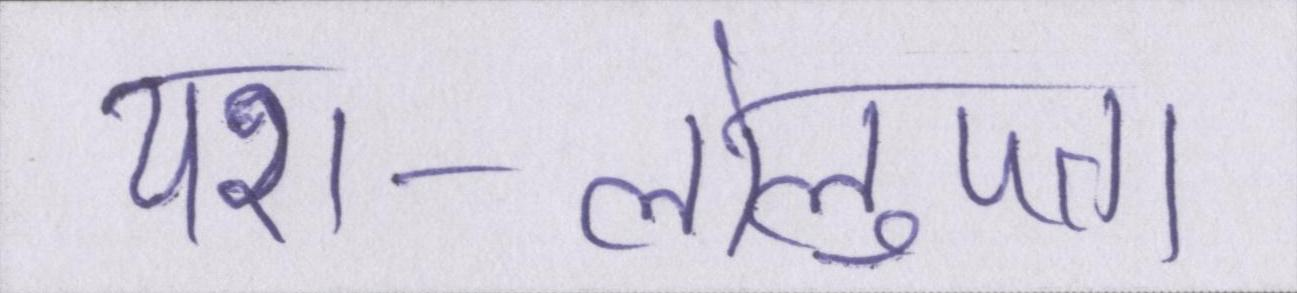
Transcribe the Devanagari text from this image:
यश-लोलुपता